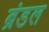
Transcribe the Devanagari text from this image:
ब्रंडल